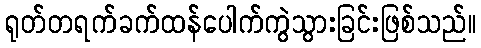
ရုတ်တရက်ခက်ထန်ပေါက်ကွဲသွားခြင်းဖြစ်သည်။